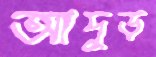
আদুড়